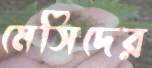
মেসিদের